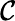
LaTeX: \cal{C}